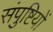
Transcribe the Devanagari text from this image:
संपुष्टियों